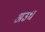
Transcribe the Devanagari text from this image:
अउध